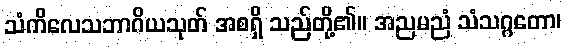
သံကိလေသဘာဂိယသုတ် အစရှိ သည်တို့၏။ အညမညံ သံသဂ္ဂတော၊